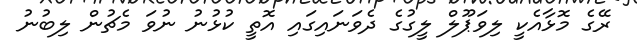
ރޭގެ މޮޅާއެކީ ލިވަޕޫލް ލީގުގެ ދެވަނައިގައި އޮތީ ކުޅުނު ނުވަ މެޗުން ލިބުނު